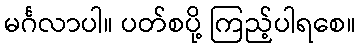
မင်္ဂလာပါ။ ပတ်စပို့ ကြည့်ပါရစေ။